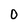
Character: 0